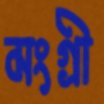
মংগ্রী